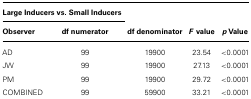
<table><thead><tr><td colspan="2"><b>Large Inducers vs. Small Inducers</b></td></tr><tr><td><b>Observer</b></td><td><b>df numerator</b></td><td><b>df denominator</b></td><td><b><i>F</i> value</b></td><td><b><i>p</i> Value</b></td></tr></thead><tbody><tr><td>AD</td><td>99</td><td>19900</td><td>23.54</td><td>&lt;0.0001</td></tr><tr><td>JW</td><td>99</td><td>19900</td><td>27.13</td><td>&lt;0.0001</td></tr><tr><td>PM</td><td>99</td><td>19900</td><td>29.72</td><td>&lt;0.0001</td></tr><tr><td>COMBINED</td><td>99</td><td>59900</td><td>33.21</td><td>&lt;0.0001</td></tr></tbody></table>